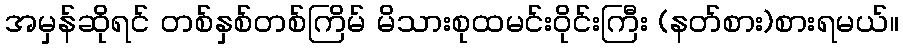
အမှန်ဆိုရင် တစ်နှစ်တစ်ကြိမ် မိသားစုထမင်းဝိုင်းကြီး (နတ်စား)စားရမယ်။